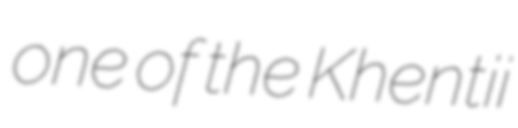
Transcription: one of the Khentii